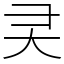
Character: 㚑